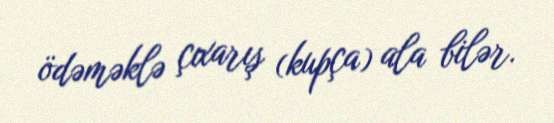
ödəməklə çıxarış (kupça) ala bilər.